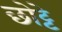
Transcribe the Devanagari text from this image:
छोट्टे